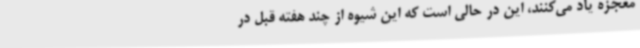
معجزه یاد می‌کنند، این در حالی است که این شیوه از چند هفته قبل در